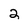
Character: 2